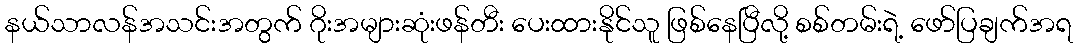
နယ်သာလန်အသင်းအတွက် ဂိုးအများဆုံးဖန်တီး ပေးထားနိုင်သူ ဖြစ်နေပြီလို့ စစ်တမ်းရဲ့ ဖော်ပြချက်အရ